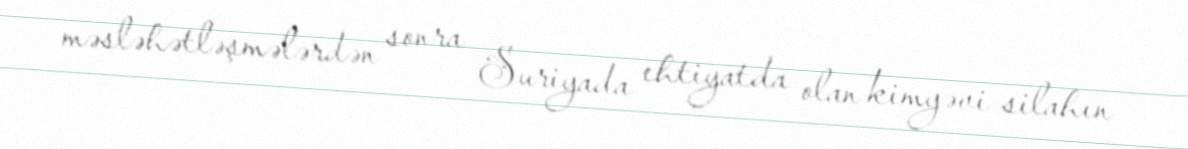
məsləhətləşmələrdən sonra Suriyada ehtiyatda olan kimyəvi silahın